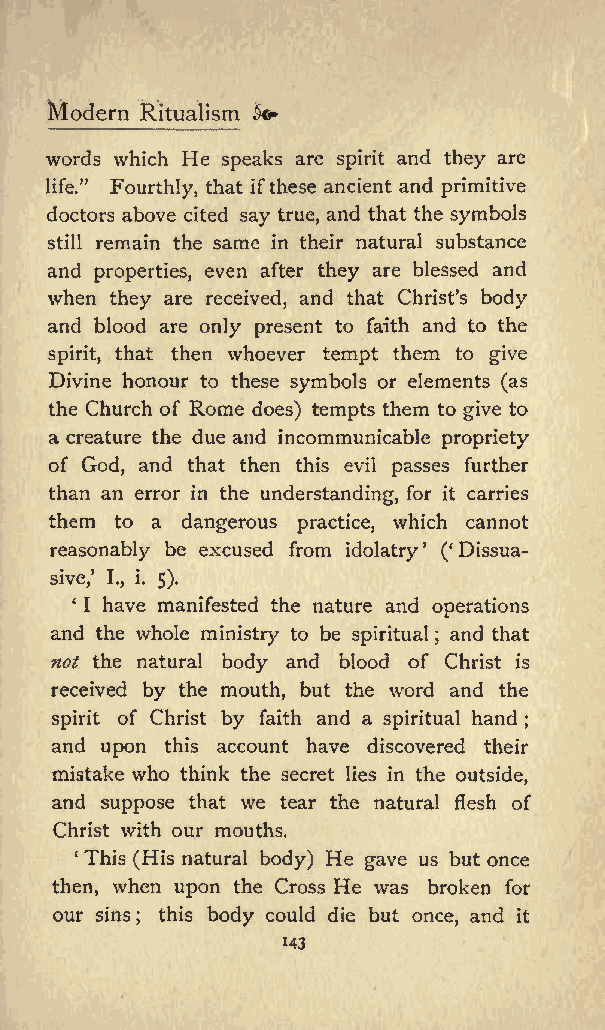
Modern Ritualism o
 words which He speaks are spirit and they are
 life.&quot; Fourthly, that ifthese ancient and primitive
 doctors above cited say true, and that the symbols
 still remain the same in their natural substance
 and properties, even after they are blessed and
 when they are received, and that Christs body
 and blood are only present to faith and to the
 spirit, that then whoever tempt them to give
 Divine honour to these symbols or elements (as
 the Church of Rome does) tempts them to give to
 a creature the due and incommunicable propriety
 of God, and that then this evil passes further
 than an error in the understanding, for it carries
 them to a dangerous practice, which cannot
 reasonably be excused from idolatry ( Dissua
 sive, I., i. 5).
 I have manifested the nature and operations
 and the whole ministry to be spiritual ; and that
 not the natural body and blood of Christ is
 received by the mouth, but the word and the
 spirit of Christ by faith and a spiritual hand ;
 and upon this account have discovered their
 mistake who think the secret lies in the outside,
 and suppose that we tear the natural flesh of
 Christ with our mouths.
 This (His natural body) He gave us but once
 then, when upon the Cross He was broken for
 our sins ; this body could die but once, and it
 143